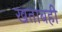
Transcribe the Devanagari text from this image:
खताबही